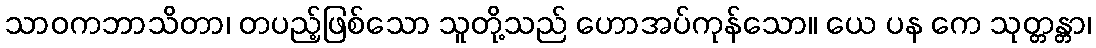
သာဝကဘာသိတာ၊ တပည့်ဖြစ်သော သူတို့သည် ဟောအပ်ကုန်သော။ ယေ ပန ကေ သုတ္တန္တာ၊